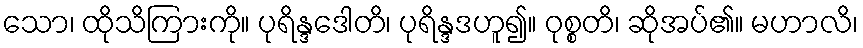
သော၊ ထိုသိကြားကို။ ပုရိန္ဒဒေါတိ၊ ပုရိန္ဒဒဟူ၍။ ဝုစ္စတိ၊ ဆိုအပ်၏။ မဟာလိ၊